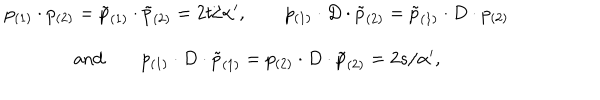
\begin{array} { c } { { p _ { ( 1 ) } \cdot p _ { ( 2 ) } = \tilde { p } _ { ( 1 ) } \cdot \tilde { p } _ { ( 2 ) } = 2 t / \alpha ^ { \prime } , \qquad p _ { ( 1 ) } \cdot D \cdot \tilde { p } _ { ( 2 ) } = \tilde { p } _ { ( 1 ) } \cdot D \cdot p _ { ( 2 ) } } } \\ { { \mathrm { a n d } \qquad p _ { ( 1 ) } \cdot D \cdot \tilde { p } _ { ( 1 ) } = p _ { ( 2 ) } \cdot D \cdot \tilde { p } _ { ( 2 ) } = 2 s / \alpha ^ { \prime } , } } \\ \end{array}